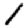
Digit: 1